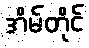
အိမ်တိုင်